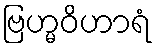
ဗြဟ္မဝိဟာရံ